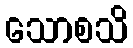
သောစသိ